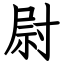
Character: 尉